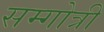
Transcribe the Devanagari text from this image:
सम्गोत्री